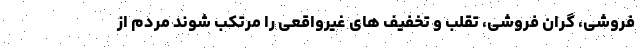
فروشی، گران فروشی، تقلب و تخفیف های غیرواقعی را مرتکب شوند مردم از